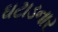
ઘટાડનાર